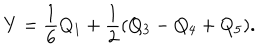
Y = \frac { 1 } { 6 } Q _ { 1 } + \frac { 1 } { 2 } ( Q _ { 3 } - Q _ { 4 } + Q _ { 5 } ) .